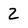
Character: 2